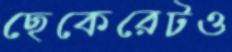
ছেকেরেটও